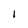
Character: l